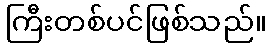
ကြီးတစ်ပင်ဖြစ်သည်။